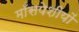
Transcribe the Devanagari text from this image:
माँसपेशीयों